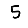
Digit: 5